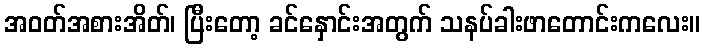
အဝတ်အစားအိတ်၊ ပြီးတော့ ခင်နှောင်းအတွက် သနပ်ခါးဖာတောင်းကလေး။